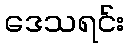
ဒေသရင်း